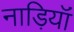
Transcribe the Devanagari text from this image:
नाड़ियॉं